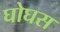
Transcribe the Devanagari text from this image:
घोघस